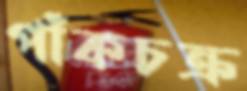
পাঁকচক্র